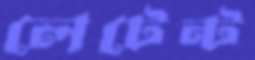
লেটেন্ট